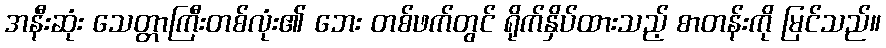
အနီးဆုံး သေတ္တာကြီးတစ်လုံး၏ ဘေး တစ်ဖက်တွင် ရိုက်နှိပ်ထားသည့် စာတန်းကို မြင်သည်။